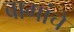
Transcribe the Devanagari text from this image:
बागांचे